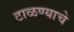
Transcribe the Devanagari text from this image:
टाळण्याचे